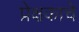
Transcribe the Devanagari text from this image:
प्रेक्षकाचे